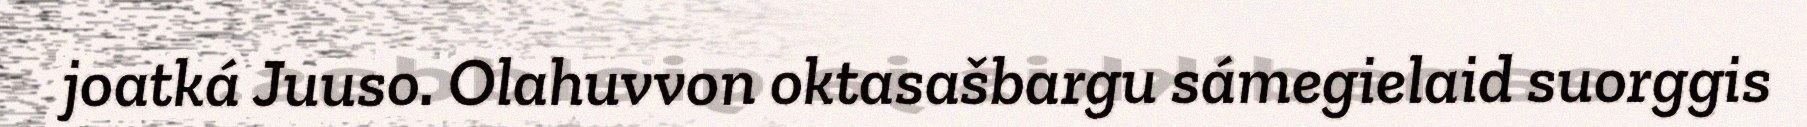
joatká Juuso. Olahuvvon oktasašbargu sámegielaid suorggis